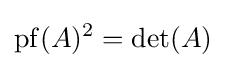
\operatorname {pf} (A)^{2}=\det(A)